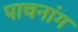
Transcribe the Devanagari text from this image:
पाचनांग